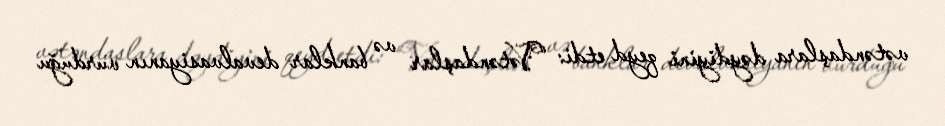
vətəndaşlara dəydiyini qeyd etdi: “Vətəndaşlar və banklar devalvasiyanın vurduğu